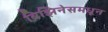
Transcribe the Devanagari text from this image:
बिझिनेसमधून